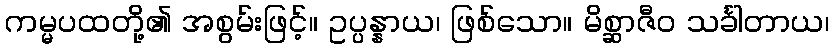
ကမ္မပထတို့၏ အစွမ်းဖြင့်။ ဥပ္ပန္နာယ၊ ဖြစ်သော။ မိစ္ဆာဇီဝ သင်္ခါတာယ၊